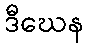
ဒီဃေန